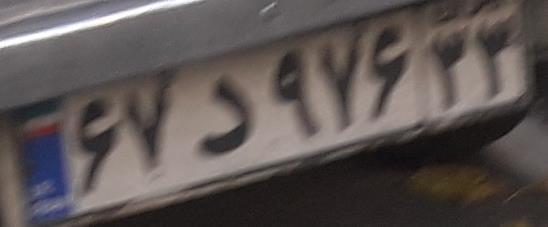
۶۷د۹۷۶۳۳